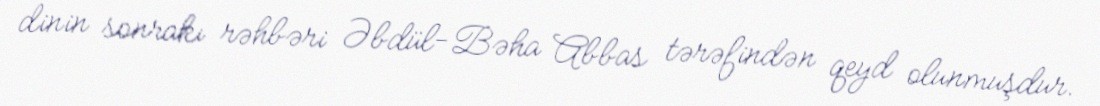
dinin sonrakı rəhbəri Əbdül-Bəha Abbas tərəfindən qeyd olunmuşdur.